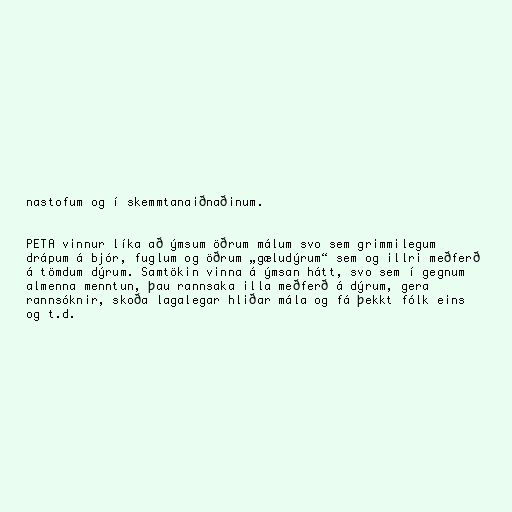
nastofum og í skemmtanaiðnaðinum.

PETA vinnur líka að ýmsum öðrum málum svo sem grimmilegum
drápum á bjór, fuglum og öðrum „gæludýrum“ sem og illri meðferð
á tömdum dýrum. Samtökin vinna á ýmsan hátt, svo sem í gegnum
almenna menntun, þau rannsaka illa meðferð á dýrum, gera
rannsóknir, skoða lagalegar hliðar mála og fá þekkt fólk eins
og t.d.